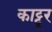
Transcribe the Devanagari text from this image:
काट्टूर